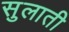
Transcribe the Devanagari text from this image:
सुलाती